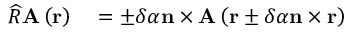
\begin{array} { r l } { \widehat { R } \mathbf { A } \left( \mathbf { r } \right) } & { { } = \pm \delta \alpha \mathbf { n } \times \mathbf { A } \left( \mathbf { r } \pm \delta \alpha \mathbf { n } \times \mathbf { r } \right) } \end{array}